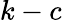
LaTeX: k-c